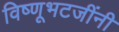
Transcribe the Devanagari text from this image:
विष्णूभटजींनी